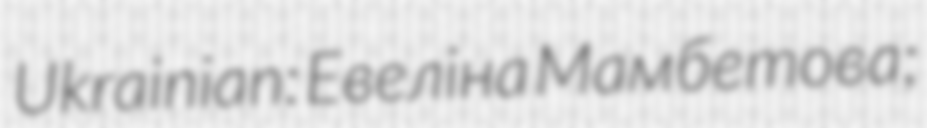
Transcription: Ukrainian: Евеліна Мамбетова;